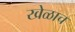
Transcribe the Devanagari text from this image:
खेळाच